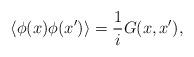
LaTeX: \begin{align*}\langle\phi(x)\phi(x')\rangle={1\over i}G(x,x'),\end{align*}